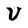
Character: U